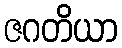
ဇဂတိယာ